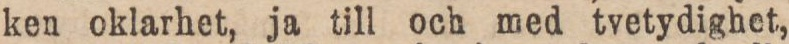
ken oklarhet, ja till och med tvetydighet,